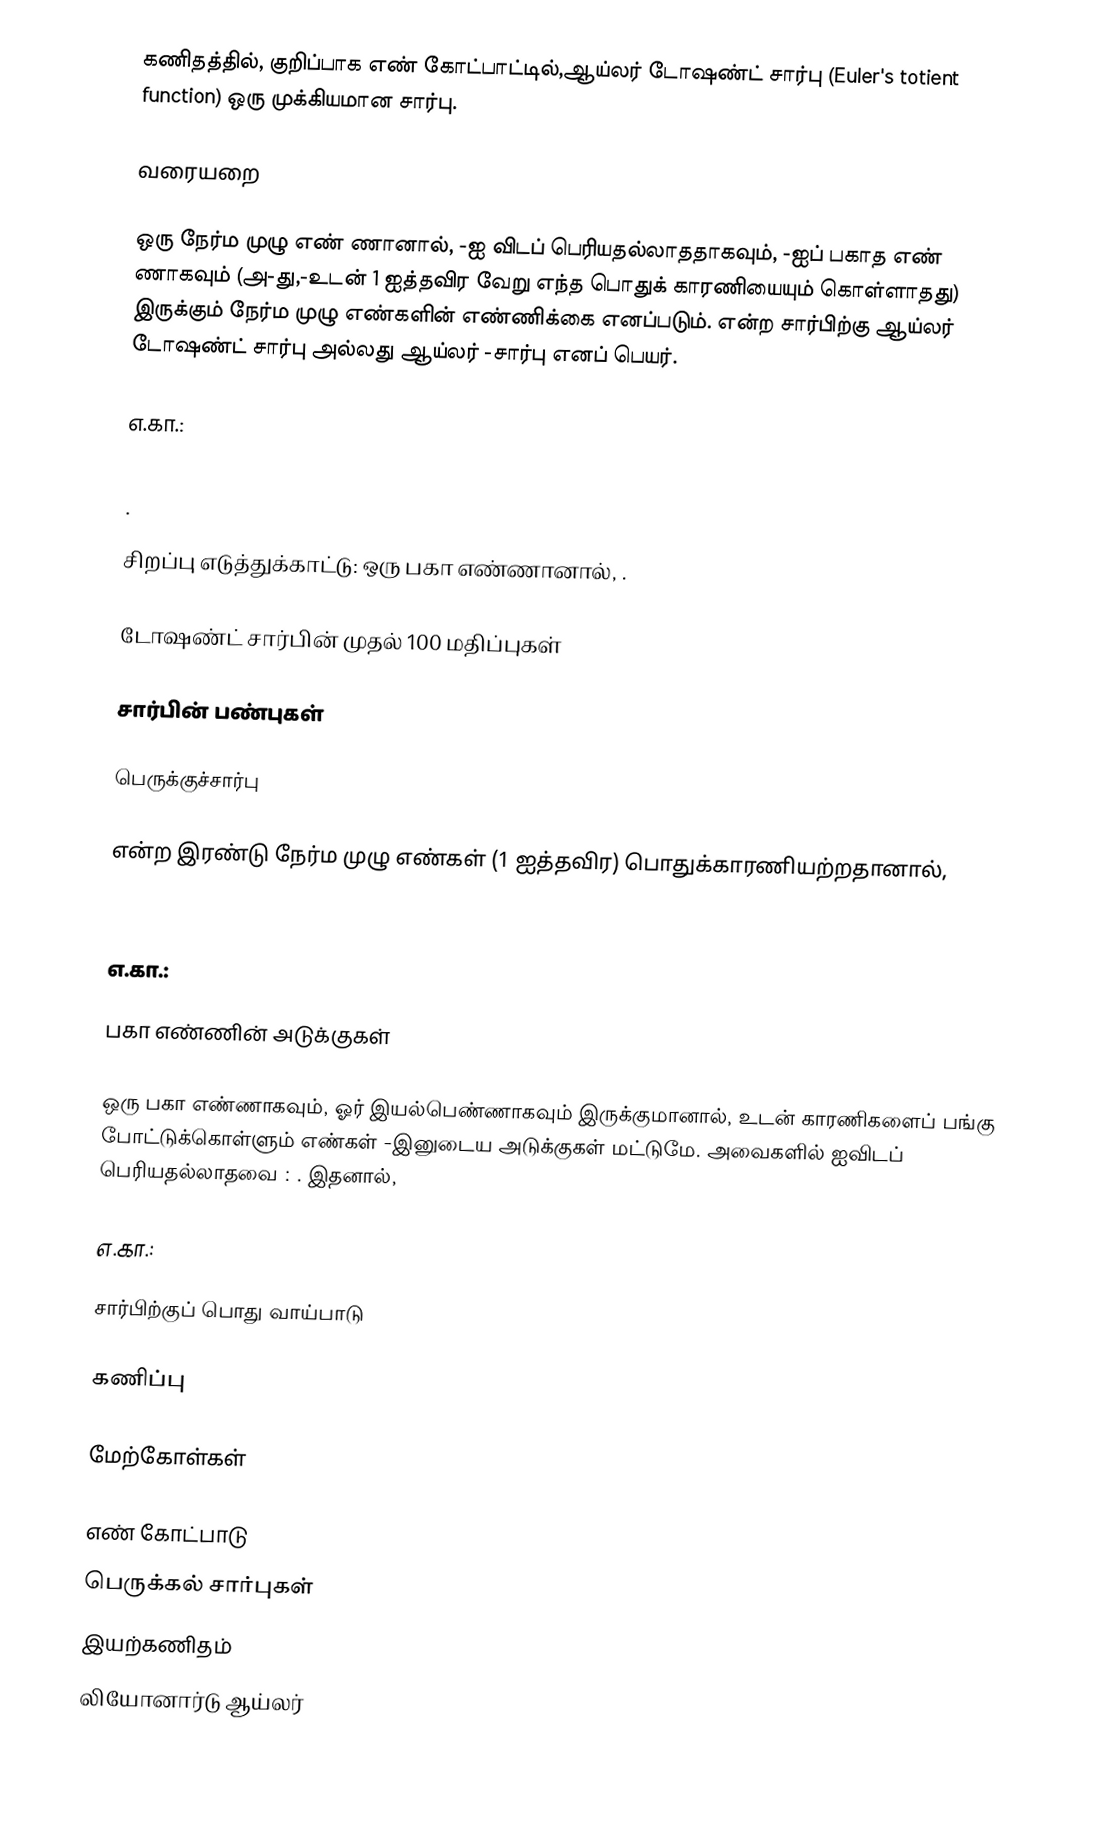
கணிதத்தில், குறிப்பாக எண் கோட்பாட்டில்,ஆய்லர் டோஷண்ட் சார்பு  (Euler's totient function) ஒரு முக்கியமான சார்பு.

வரையறை

 ஒரு நேர்ம முழு எண் ணானால், -ஐ விடப் பெரியதல்லாததாகவும், -ஐப் பகாத எண் ணாகவும் (அ-து,-உடன் 1 ஐத்தவிர வேறு எந்த பொதுக் காரணியையும் கொள்ளாதது) இருக்கும் நேர்ம முழு எண்களின் எண்ணிக்கை  எனப்படும்.  என்ற சார்பிற்கு ஆய்லர் டோஷண்ட் சார்பு அல்லது ஆய்லர் -சார்பு எனப் பெயர்.

எ.கா.:

 .

 சிறப்பு எடுத்துக்காட்டு:  ஒரு பகா எண்ணானால், .

டோஷண்ட் சார்பின் முதல் 100 மதிப்புகள்

சார்பின் பண்புகள்

பெருக்குச்சார்பு

 என்ற இரண்டு நேர்ம முழு எண்கள் (1 ஐத்தவிர) பொதுக்காரணியற்றதானால்,

எ.கா.:

பகா எண்ணின் அடுக்குகள்

 ஒரு பகா எண்ணாகவும்,  ஓர் இயல்பெண்ணாகவும் இருக்குமானால்,  உடன் காரணிகளைப் பங்கு போட்டுக்கொள்ளும் எண்கள் -இனுடைய அடுக்குகள் மட்டுமே. அவைகளில்  ஐவிடப் பெரியதல்லாதவை : . இதனால்,

எ.கா.:

சார்பிற்குப் பொது வாய்பாடு

கணிப்பு

மேற்கோள்கள்

எண் கோட்பாடு
பெருக்கல் சார்புகள்
இயற்கணிதம்
லியோனார்டு ஆய்லர்